Code of medical and sanitary regulations for the guidance of medical officers serving in the Madras Presidency - Volume I
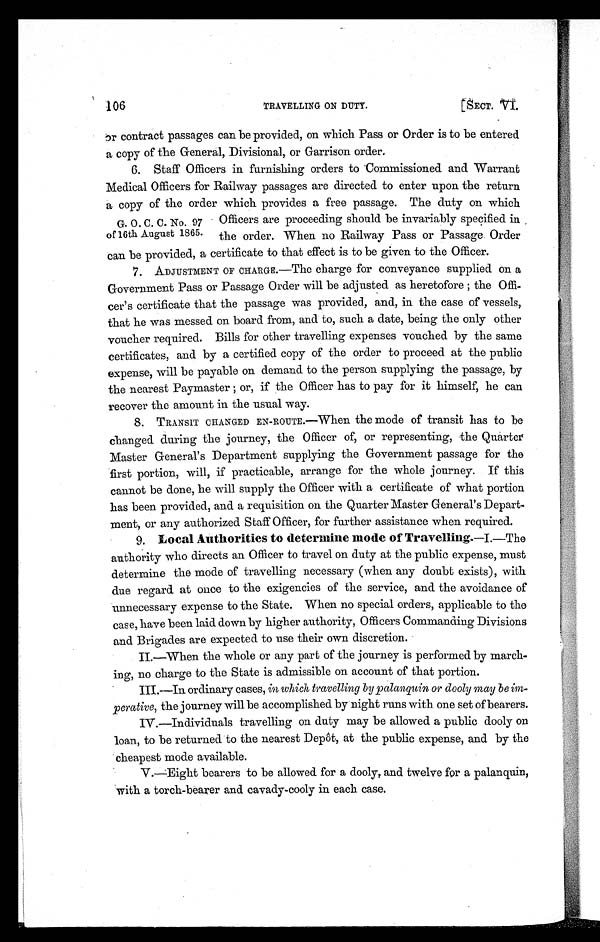
106
TRAVELLING ON DUTY.
[SECT. VI.
or contract passages can be provided, on which Pass or Order is to be entered
a copy of the General, Divisional, or Garrison order.
6. Staff Officers in furnishing orders to Commissioned and Warrant
Medical Officers for Railway passages are directed to enter upon the return
a copy of the order which provides a free passage. The duty on which
G. O. C. C. No. 97 Officers are proceeding should be invariably specified in ,
of 16th August 1865. the order. When no Railway Pass or Passage Order
can be provided, a certificate to that effect is to be given to the Officer.
7. ADJUSTMENT OF CHARGE.—The charge for conveyance supplied on a
Government Pass or Passage Order will be adjusted as heretofore ; the Offi
-cer's certificate that the passage was provided, and, in the case of vessels,
that he was messed on board from, and to, such a date, being the only other
voucher required. Bills for other travelling expenses vouched by the same
certificates, and by a certified copy of the order to proceed at the public
expense, will be payable on demand to the person supplying the passage, by
the nearest Paymaster ; or, if the Officer has to pay for it himself, he can
recover the amount in the usual way.
8. TRANSIT CHANGED EN-ROUTE.—When the mode of transit has to be
changed during the journey, the Officer of, or representing, the Quarter
Master General's Department supplying the Government passage for the
first portion, will, if practicable, arrange for the whole journey. If this
cannot be done, he will supply the Officer with a certificate of what portion
has been provided, and a requisition on the Quarter Master General's Depart
ment, or any authorized Staff Officer, for further assistance when required.
9.
Local Authorities to determine mode of Travelling .—I.—The
authority who directs an Officer to travel on duty at the public expense, must
determine the mode of travelling necessary (when any doubt exists), with
due regard at once to the exigencies of the service, and the avoidance of
unnecessary expense to the State. When no special orders, applicable to the
case, have been laid down by higher authority, Officers Commanding Divisions
and Brigades are expected to use their own discretion.
II.—When the whole or any part of the journey is performed by march-
ing, no charge to the State is admissible on account of that portion
.
III.—In ordinary cases, in which, travelling by palanquin or dooly may be im
- p e r a t i v e
, the journey will be accomplished by night runs with one set of bearers.
IV.—Individuals travelling on duty may be allowed a public dooly on
loan, to be returned to the nearest Depôts, at the public expense, and by the
cheapest mode available.
V.—Eight bearers to be allowed for a dooly, and twelve for a palanquin,
with a torch-bearer and cavady-cooly in each case.